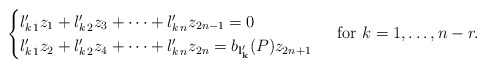
\begin{align*} \begin{cases} l'_{k\,1} z_1 + l'_{k\,2} z_3+ \cdots + l'_{k\,n} z_{2n-1}=0 & \\ l'_{k\,1} z_2+ l'_{k\,2} z_4 +\cdots +l'_{k\,n} z_{2n}= b_{\mathbf {l'_k}}(P) z_{2n+1} \end{cases} \mbox{ for } k=1, \ldots, n-r. \end{align*}